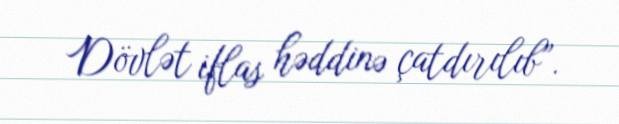
Dövlət iflas həddinə çatdırılıb”.